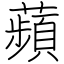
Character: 蘋